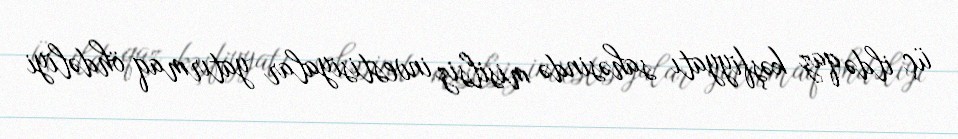
üç ildə qaz kəşfiyyatı sahəsində misilsiz investisiyalar yatırmaq öhdəliyi